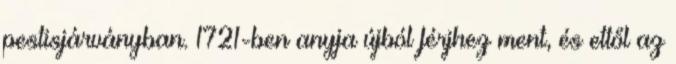
pestisjárványban. 1721-ben anyja újból férjhez ment, és ettől az